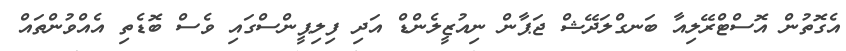
އެގޮތުން އޮސްޓްރޭލިއާ ބަނގްލަދޭޝް ޖަޕާން ނިއުޒީލެންޑް އަދި ފިލިޕީންސްގައި ވެސް ބޮޑެތި އެއްވުންތައް